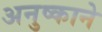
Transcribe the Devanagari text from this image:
अनुष्काने